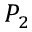
P _ { 2 }